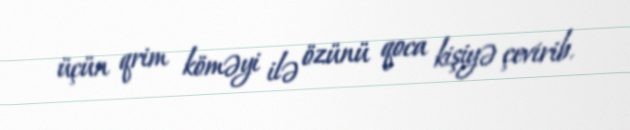
üçün qrim köməyi ilə özünü qoca kişiyə çevirib.